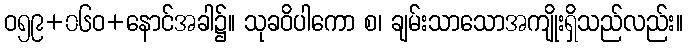
ဝ၅၉+၀၆ဝ+နောင်အခါ၌။ သုခဝိပါကော စ၊ ချမ်းသာသောအကျိုးရှိသည်လည်း။